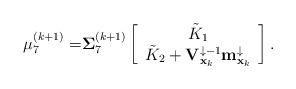
LaTeX: \begin{align*}\mathbf{\mu}_7^{(k+1)} = & \mathbf{\Sigma}_7^{(k+1)} \left[ \begin{array}{c}\tilde{K}_1 \\\tilde{K}_2 + \mathbf{V}_{\mathbf{x}_{k}}^{\downarrow -1} \mathbf{m}_{\mathbf{x}_{k}}^{\downarrow}\end{array} \right].\end{align*}